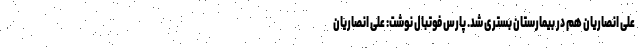
علی انصاریان هم در بیمارستان بستری شد. پارس فوتبال نوشت: علی انصاریان